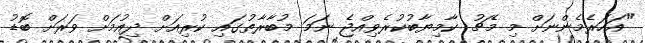
"އަހަރެމެންނަށް މި މެޗު ކާމިޔާބުކުރެވިއްޖެ ނަމަ މުބާރާތުގައި ކުރިއަށް ދިއުމަށް ވަރަށް ބޮޑު